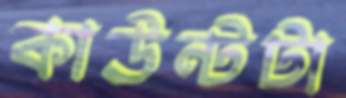
কাউন্টটা